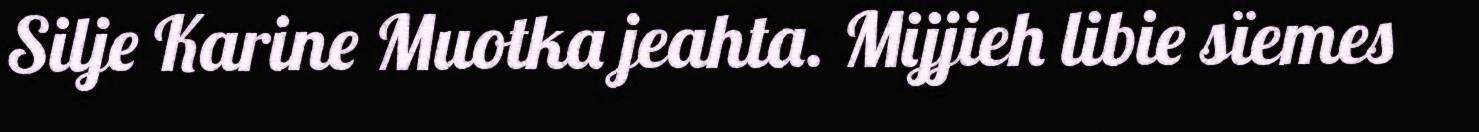
Silje Karine Muotka jeahta. Mijjieh libie sïemes